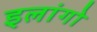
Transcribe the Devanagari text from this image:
इलांगो